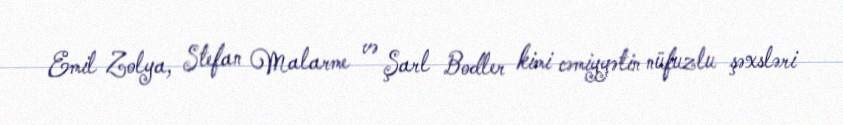
Emil Zolya, Stefan Malarme və Şarl Bodler kimi cəmiyyətin nüfuzlu şəxsləri